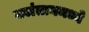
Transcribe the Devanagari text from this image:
क्वांतानमध्ये